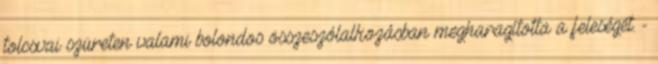
tolcsvai szüreten valami bolondos összeszólalkozásban megharagította a feleségét. -